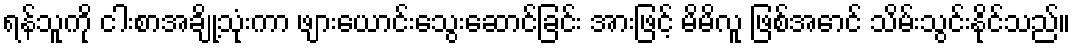
ရန်သူကို ငါးစာအချို့သုံးကာ ဖျားယောင်းသွေးဆောင်ခြင်း အားဖြင့် မိမိလူ ဖြစ်အောင် သိမ်းသွင်းနိုင်သည်။